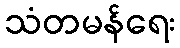
သံတမန်ရေး